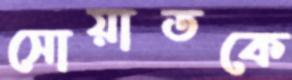
সোয়াতকে